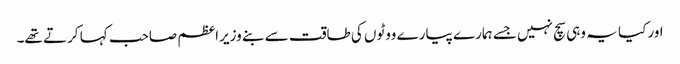
اور کیا یہ وہی سچ نہیں جسے ہمارے پیارے ووٹوں کی طاقت سے بنے وزیراعظم صاحب کہا کرتے تھے۔